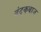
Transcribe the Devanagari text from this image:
बंदूकबाज